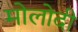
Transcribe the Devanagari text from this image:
मोलोदी